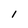
Character: l